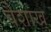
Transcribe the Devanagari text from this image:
वैशाख्